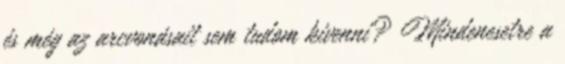
és még az arcvonásait sem tudom kivenni? Mindenesetre a